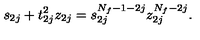
s _ { 2 j } + t _ { 2 j } ^ { 2 } z _ { 2 j } = s _ { 2 j } ^ { N _ { f } - 1 - 2 j } z _ { 2 j } ^ { N _ { f } - 2 j } .